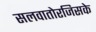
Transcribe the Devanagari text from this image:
सलवातोरजिसके